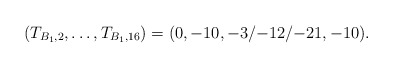
\begin{align*}(T_{B_1,2}, \dots, T_{B_1,16}) = (0,-10,{-3}/{-12}/{-21},-10).\end{align*}